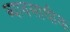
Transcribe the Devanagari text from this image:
ब्यावसायीक